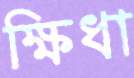
ক্ষিধা